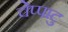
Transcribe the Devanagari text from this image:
चेप्पाटु